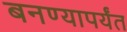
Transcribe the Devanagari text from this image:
बनण्यापर्यंत